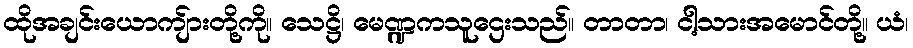
ထိုအချင်းယောကျ်ားတို့ကို။ သေဋ္ဌိ၊ မေဏ္ဍကသူဌေးသည်။ တာတာ၊ ငါ့သားအမောင်တို့။ ယံ၊